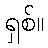
ရှစ်။